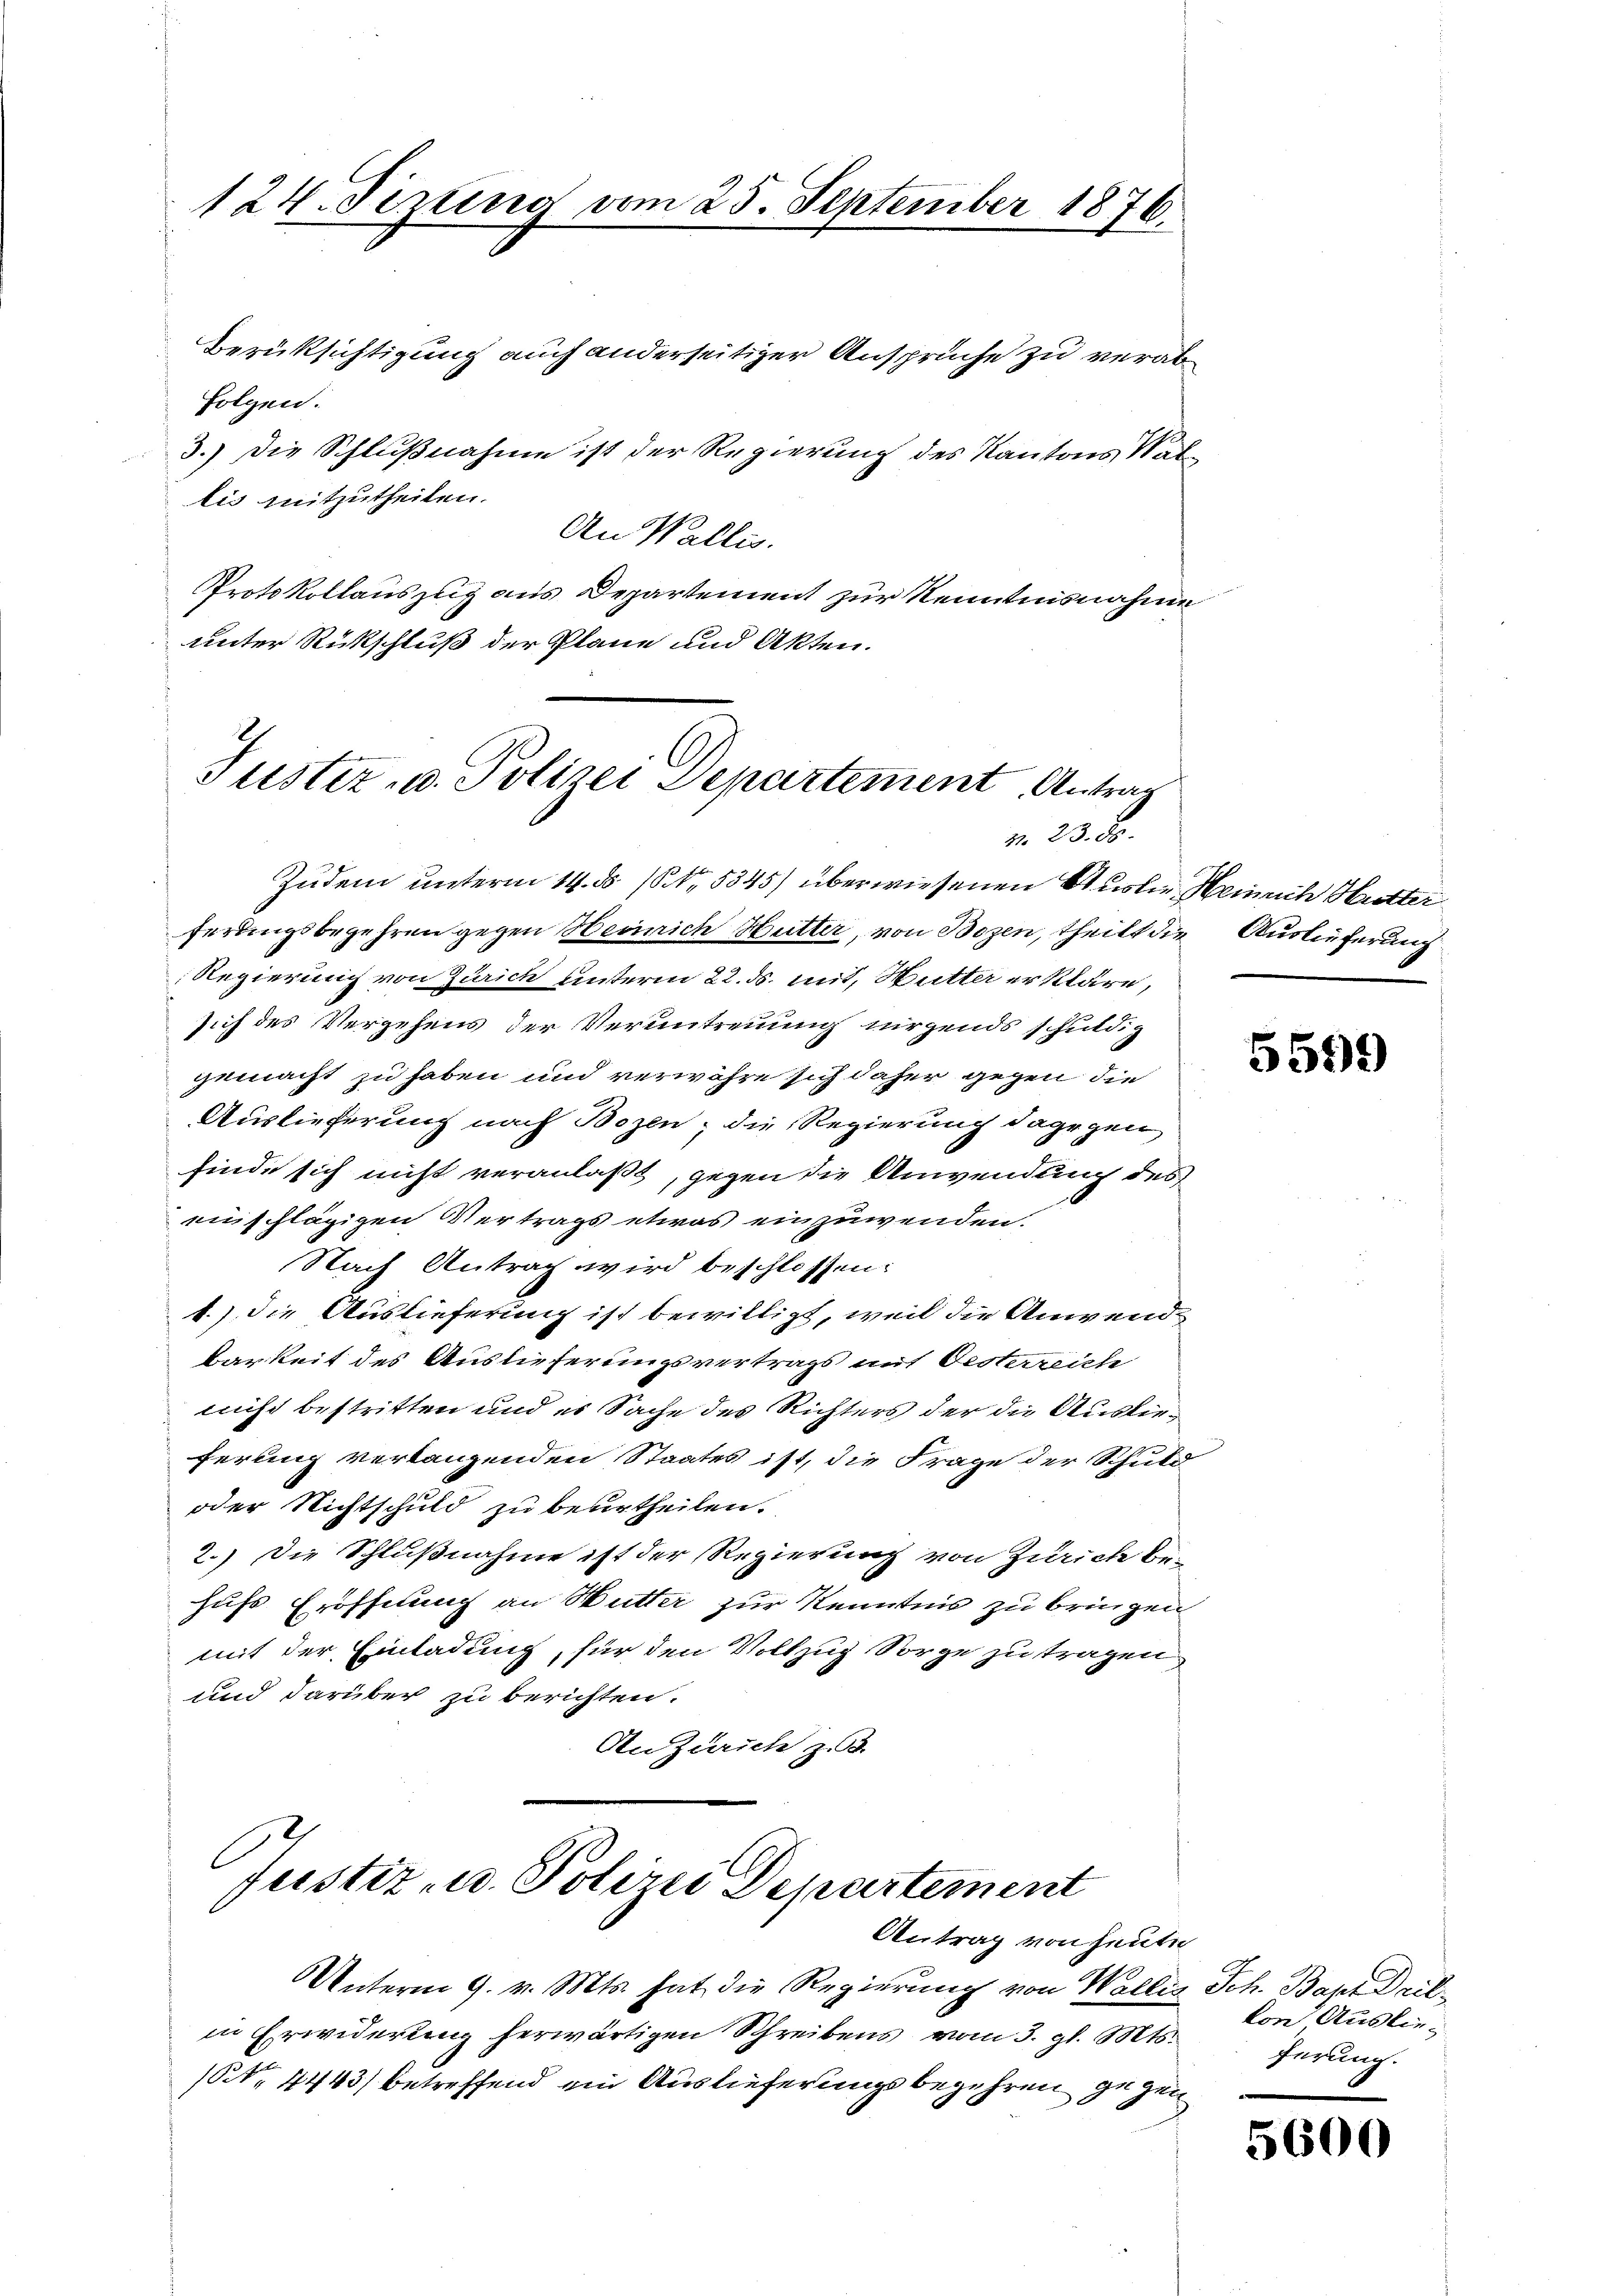
124. Sezung vom 25. September 1876.

Berüksichtigung auch anderseitiger Ansprüche zu verab¬
Folgen.
3.) Die Schlußnahme ist der Regierung des Kantons Vat
lis mitzutheilen.
An Wallis.
Protokollauszug aus Departement zur Kenntnisnahme
unter Rückschluß der Plane und Akten.

Zudem unterm 14. ds. 1. 5345) überwiesenen Ausler Heinrich Mutter
ferungsbegehren gegen Heinrich Hutter, von Bozen, theilt die Auslieferung
Regierung von Zürich unterm 22. ds. mit, Hutter erkläre,
sich des Vergehens der Verantreuung nirgends schuldig
gemacht zu haben und verwähre sich daher gegen die
Auslieferung nach Bozen, die Regierung dagegen
finde sich nicht veranlaßt, gegen die Anwendung des
enschlägigen Vertrags etwas einzuwenden.
Nach Antrag wird beschlossen:
1.) Die Auslieferung ist bewilligt, weil die Anwend¬
Barkeit des Auslieferungsvertrags mit Oesterreich
nicht bestritten und es Sache des Richters der die Auslieferung verlangenden Staates ist, die Frage der Schuld
oder Nichtschuld zu beurtheilen.
2.) Die Schlußnahme ist der Regierung von Zürich be-
hufs Eröffnung an Butter zur Kenntnis zu bringen
mit der Einladung, für den Vollzug Sorge zu tragen,
und darüber zu berichten.
An Zürich z. d.

Justiz- u. Polizei Departement Antrag
M. 23. 30.

Justiz- u. Polizei Departement
Antrag von heute

Unterm 9. v. Mts. hat die Regierung von Wallis Sch. Bapt Dulin Erwiderung herwärtigen Schreibens vom 3. gl. Mts.
(Nr. 4443) betreffend ein Auslieferungsbegehren gezei

5599

von Auslie-
ferung.

5600